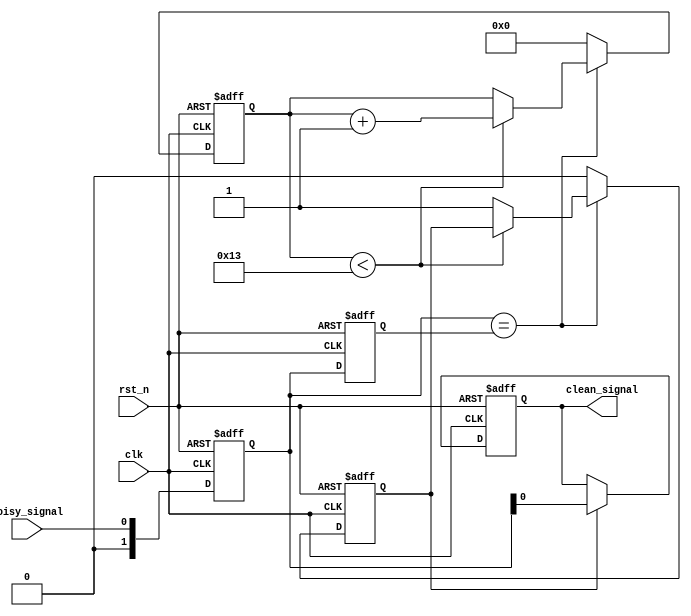
module debounced_edge_detector (
    input wire clk,          // Clock input
    input wire rst_n,       // Active low reset
    input wire noisy_signal, // Noisy input signal
    output reg clean_signal  // Debounced output signal
);

    // Parameters
    parameter DEBOUNCE_TIME = 20; // Number of clock cycles for debouncing
    parameter COUNT_WIDTH = 5;     // Width for debounce counter

    // State storage
    reg [1:0] current_state;       // Current state of the noisy signal
    reg [1:0] previous_state;      // Previous state of the noisy signal
    reg [COUNT_WIDTH-1:0] debounce_counter; // Counter for debouncing
    reg debounce_stable;           // Flag to indicate stable state

    // State encoding
    localparam LOW   = 1'b0;
    localparam HIGH  = 1'b1;

    // Edge detection logic
    always @(posedge clk or negedge rst_n) begin
        if (!rst_n) begin
            current_state <= LOW;
            previous_state <= LOW;
            clean_signal <= LOW;
            debounce_counter <= 0;
            debounce_stable <= 0;
        end else begin
            // Sample the noisy signal
            previous_state <= current_state;
            current_state <= noisy_signal;

            // Debounce logic
            if (current_state == previous_state) begin
                // Increment counter if stable
                if (debounce_counter < DEBOUNCE_TIME - 1) begin
                    debounce_counter <= debounce_counter + 1;
                end else begin
                    debounce_stable <= 1; // Signal is stable
                end
            end else begin
                // Reset counter if a transition is detected
                debounce_counter <= 0;
                debounce_stable <= 0; // Signal is not stable
            end

            // Update clean signal on stable state change
            if (debounce_stable) begin
                clean_signal <= current_state;
            end
        end
    end

endmodule